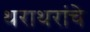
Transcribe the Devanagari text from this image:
थराथरांचे